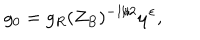
LaTeX: g _ { 0 } = g _ { R } ( Z _ { B } ) ^ { - 1 / 2 } \mu ^ { \varepsilon } ,